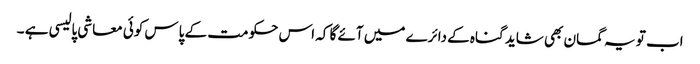
اب تو یہ گمان بھی شاید گناہ کے دائرے میں آئے گا کہ اس حکومت کے پاس کوئی معاشی پالیسی ہے ۔